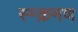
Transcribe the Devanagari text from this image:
स्म्क्रमण